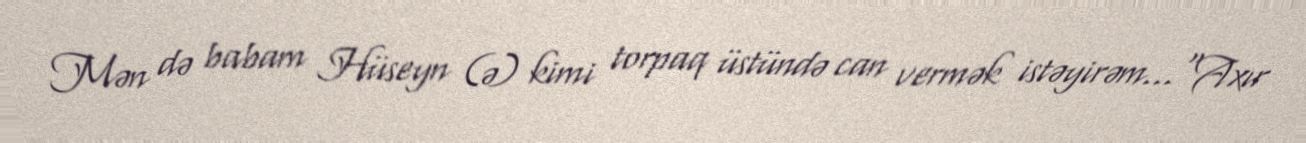
Mən də babam Hüseyn (ə) kimi torpaq üstündə can vermək istəyirəm..."Axır